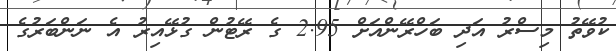
ކުވޭތު މިސްރު އަދި ބަހްރޭންއަށް 2.95 ގެ ރޭޓުން ގުޅޭއިރު އެ ނަންބަރުގެ